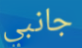
جانبي